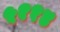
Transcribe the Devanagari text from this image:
५११४